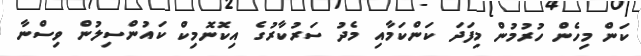
ކަން މިހެން ހުރުމުން މިފަދަ ކަންކަމާއި މެދު ސަރުކާރުގެ އިކޮނޮމިކް ކައުންސިލުން ވިސްނާ